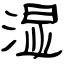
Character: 湿